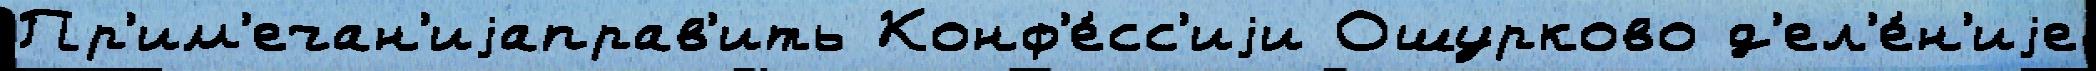
Пр'им'ечан'иjаправ'ить Конф'е́сс'иjи Ошурково д'ел'е́н'иjе